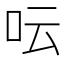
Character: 呍